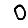
Digit: 0